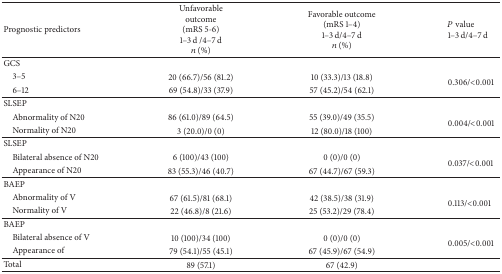
<table><thead><tr><td><b>Prognostic predictors</b></td><td><b>Unfavorable outcome (mRS 5-6)1–3 d /4–7 d<i>n</i> (%)</b></td><td><b>Favorable outcome (mRS 1–4)1–3 d/4–7 d<i>n</i> (%)</b></td><td><b><i> P</i> value1–3 d/4–7 d</b></td></tr></thead><tbody><tr><td>GCS</td><td> </td><td> </td><td> </td></tr><tr><td> 3–5</td><td>20 (66.7)/56 (81.2)</td><td>10 (33.3)/13 (18.8)</td><td rowspan="2">0.306/&lt;0.001</td></tr><tr><td> 6–12</td><td>69 (54.8)/33 (37.9)</td><td>57 (45.2)/54 (62.1)</td></tr><tr><td>SLSEP</td><td> </td><td> </td><td> </td></tr><tr><td> Abnormality of N20</td><td>86 (61.0)/89 (64.5)</td><td>55 (39.0)/49 (35.5)</td><td rowspan="2">0.004/&lt;0.001</td></tr><tr><td> Normality of N20</td><td>3 (20.0)/0 (0)</td><td>12 (80.0)/18 (100)</td></tr><tr><td>SLSEP</td><td> </td><td> </td><td> </td></tr><tr><td> Bilateral absence of N20</td><td>6 (100)/43 (100)</td><td>0 (0)/0 (0)</td><td rowspan="2">0.037/&lt;0.001</td></tr><tr><td> Appearance of N20 </td><td>83 (55.3)/46 (40.7)</td><td>67 (44.7)/67 (59.3)</td></tr><tr><td>BAEP</td><td> </td><td> </td><td> </td></tr><tr><td> Abnormality of V</td><td>67 (61.5)/81 (68.1)</td><td>42 (38.5)/38 (31.9)</td><td rowspan="2">0.113/&lt;0.001</td></tr><tr><td> Normality of V</td><td>22 (46.8)/8 (21.6)</td><td>25 (53.2)/29 (78.4)</td></tr><tr><td>BAEP</td><td> </td><td> </td><td> </td></tr><tr><td> Bilateral absence of V</td><td>10 (100)/34 (100)</td><td>0 (0)/0 (0)</td><td rowspan="2">0.005/&lt;0.001</td></tr><tr><td> Appearance of</td><td>79 (54.1)/55 (45.1)</td><td>67 (45.9)/67 (54.9)</td></tr><tr><td>Total</td><td>89 (57.1)</td><td>67 (42.9)</td><td> </td></tr></tbody></table>